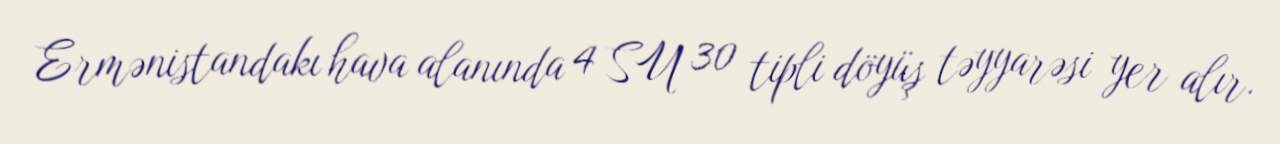
Ermənistandakı hava alanında 4 SU 30 tipli döyüş təyyarəsi yer alır.